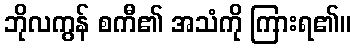
ဘိုလကွန် စကီ၏ အသံကို ကြားရ၏။